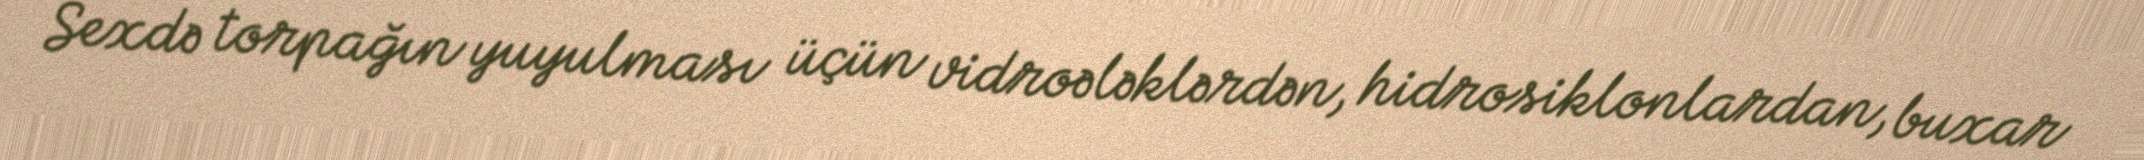
Sexdə torpağın yuyulması üçün vidroələklərdən, hidrosiklonlardan, buxar